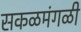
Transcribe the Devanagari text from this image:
सकळमंगळी